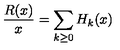
\frac { R ( x ) } { x } = \sum _ { k \ge 0 } H _ { k } ( x )